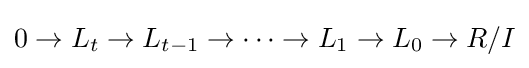
0\to L_{t}\to L_{t-1}\to \cdots \to L_{1}\to L_{0}\to R/I